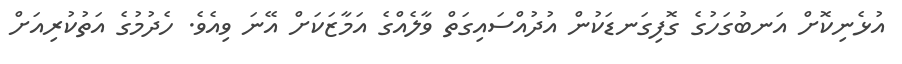
އުޅެނިކޮށް އަނބުގަހުގެ ގޮފިގަނޑަކުން އުދުއްސައިގަތް ވާލެއްގެ އަމާޒަކަށް އޭނަ ވިއެވެ. ހެދުމުގެ އަތުކުރިއަށް